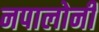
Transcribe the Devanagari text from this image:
नपालोनी